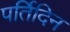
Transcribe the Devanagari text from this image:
पर्तिदिन